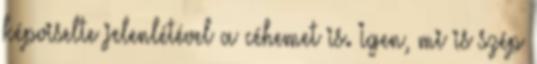
képviselte jelenlétével a céhemet is. Igen, mi is szép